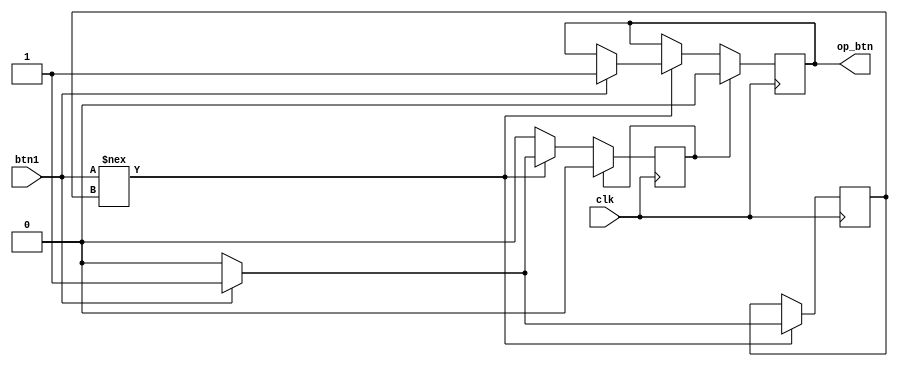
`timescale 1ns / 1ps
///////////////////////////////////////
module button_opt(input clk,
              input btn1,
              output op_btn);
   reg prev=1'b0;
   reg outp=1'b0;
   reg set=1'b0;
   always@(posedge clk)
   begin
    if(btn1!==prev)
     begin
      if(btn1) 
        begin
       outp<=1'b1;
       set<=1'b1;
        end
       prev<=btn1 ? 1'b1:1'b0;
     end
     if(set) begin
      outp<=1'b0;
      set<=1'b0;
     end
    end
 assign op_btn=outp;
endmodule